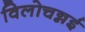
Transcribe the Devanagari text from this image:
विलोचन्नई